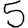
Digit: 5